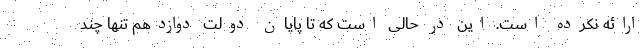
ارائه نکرده است. این در حالی است که تا پایان دولت دوازدهم تنها چند